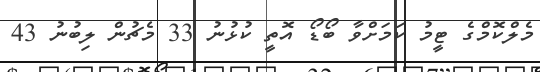
މެލްކޮމްގެ ޓީމު ކަމަށްވާ ބޯޑޯ އޮތީ ކުޅުނު 33 މެޗުން ލިބުނު 43